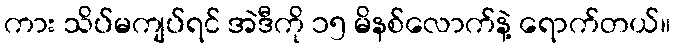
ကား သိပ်မကျပ်ရင် အဲဒီကို ၁၅ မိနစ်လောက်နဲ့ ရောက်တယ်။